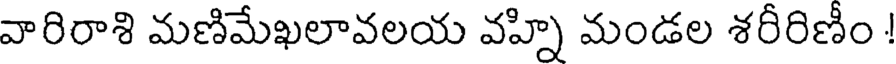
వారిరాశి మణిమేఖలావలయ వహ్ని మండల శరీరిణీం !